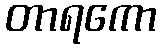
တာရကော